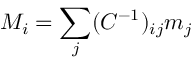
M _ { i } = \sum _ { j } ( C ^ { - 1 } ) _ { i j } m _ { j }